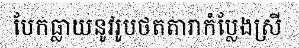
បែកធ្លាយនូវរូបថតតារាកំប្លែងស្រី